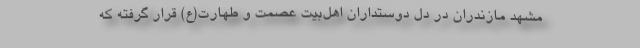
مشهد مازندران در دل دوستداران اهل‌بیت عصمت و طهارت(ع) قرار گرفته که